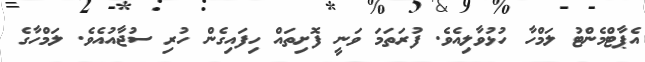
އެޕާޓްމެންޓު ލަމްހާ ހުޅުވާލިއެވެ. ފުރަތަމަ ވަނީ ފޮށިތައް ހިފައިގެން ހުރި ސުޖާއުއެވެ. ލަމްހާގެ